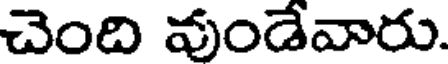
చెంది వుండేవారు.